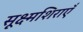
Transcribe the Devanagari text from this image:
सूक्ष्मशिराएँ